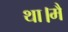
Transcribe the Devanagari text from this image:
था।मैं